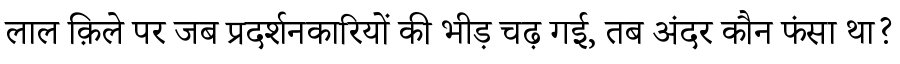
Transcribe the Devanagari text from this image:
लाल क़िले पर जब प्रदर्शनकारियों की भीड़ चढ़ गई, तब अंदर कौन फंसा था?